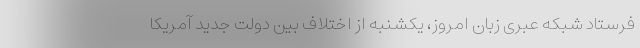
فرستاد شبکه عبری زبان امروز، یکشنبه از اختلاف بین دولت جدید آمریکا